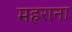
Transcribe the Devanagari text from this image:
महराना